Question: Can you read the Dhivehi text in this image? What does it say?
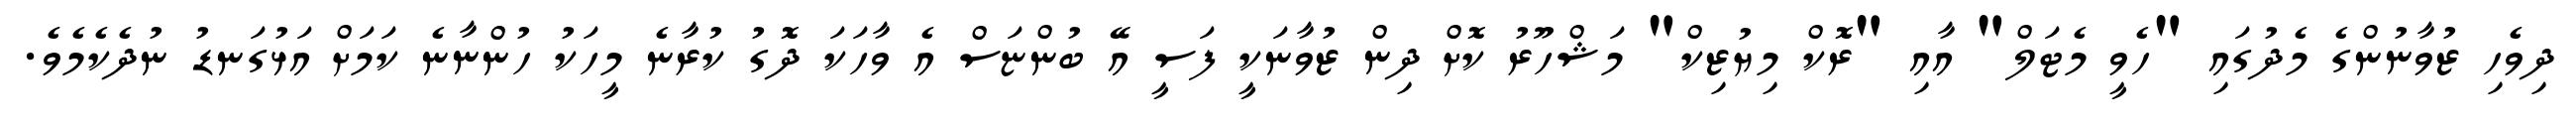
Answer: ދިވެހި ޒުވާނުންގެ މެދުގައި "ހެވީ މެޓަލް" އާއި "ރޮކް މިޔުޒިކް" މަޝްހޫރު ކޮށް ދިން ޒުވާނަކީ ފަސީ އޭ ބުންޏަސް އެ ވާހަކަ ދޮގު ކުރާނެ މީހަކު ހުންނާނެ ކަމަށް އަޅުގަނޑު ނުދެކެމެވެ.